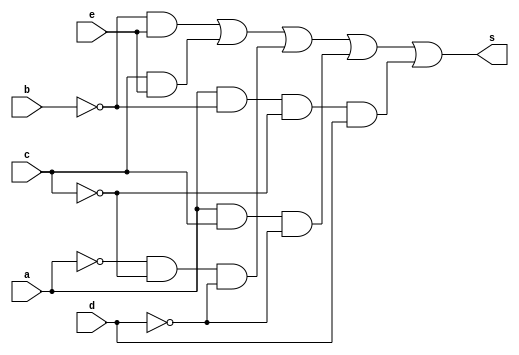
// ---------------------
// Guia 08_03
// Nome: Anderson Belchior de Carvalho
// ---------------------

//--------------------------
// -- Exercicio 3
//--------------------------

module exercicio3(s, a, b, c, d,e);

	output s;
	input a, b, c, d, e;
	wire n1, n2, n3, n4, c1, c2, c3, c4, c5;
	not NOT1(n1, a);
	not NOT2(n2, b);
	not NOT3(n3, c);
	not NOT4(n4, d);
	and AND1(c1, n2, e);
	and AND2(c2, c, e);
	and AND3(c3, n1, n3, n4);
	and AND4(c4, a, c, n4);
	and AND5(c5, a, n2, n3, d);
	or OR1(s, c1, c2, c3, c4, c5);
endmodule //fim exercicio3

module testexercicio3();
	
	reg a, b, c, d,e;
	wire s;
	integer numero, i, j, k, l,m;
	
	exercicio3 EX3(s, a, b, c, d,e);

	initial begin
		a = 0;
		b = 0;
		c = 0;
		d = 0;
		e = 0;
		numero = -1;
	end
	
	initial begin
		$display("Guia 08_03 - Anderson Belchior de Carvalho - 396673 \n");

		#1 $display("   a b c d e out");
		
		for(i = 0; i < 2; i = i + 1)begin
			a = i;
			for(j = 0; j < 2; j = j + 1)begin
				b = j;
				for(k = 0; k < 2; k = k + 1)begin
					c = k;
					for(l = 0; l < 2; l = l + 1)begin
						d = l;
						for(m = 0; m < 2; m = m + 1)begin
							#1 e = m; numero = numero + 1;
							#1 $display("%2d %b %b %b %b %b  %b", numero, a, b, c, d, e, s);
						end
					end
				end
			end
		end
	end
	
endmodule // fim testexercicio3